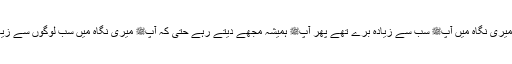
اور (اس سے قبل) میری نگاہ میں آپﷺ سب سے زیادہ بُرے تھے پھر آپﷺ ہمیشہ مجھے دیتے رہے حتی کہ آپﷺ میری نگاہ میں سب لوگوں سے زیادہ محبوب ہو گئے۔